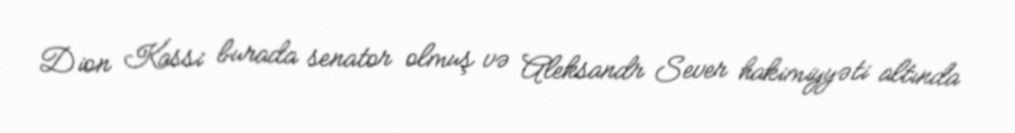
Dion Kassi burada senator olmuş və Aleksandr Sever hakimiyyəti altında